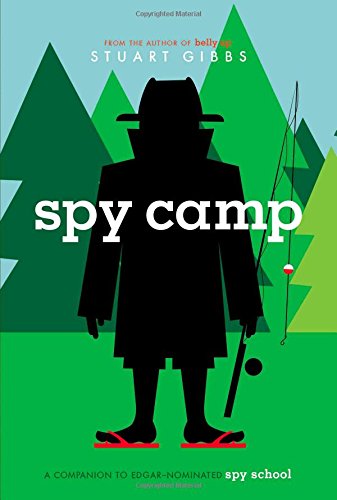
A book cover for Spy Camp (Spy School); Stuart Gibbs; Children's Books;